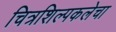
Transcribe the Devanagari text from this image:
चित्रशिल्पकलेचा